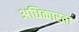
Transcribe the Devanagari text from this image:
अधिकारता